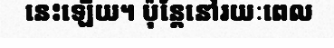
នេះឡើយ។ ប៉ុន្តែនៅរយៈពេល